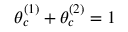
\theta _ { c } ^ { ( 1 ) } + \theta _ { c } ^ { ( 2 ) } = 1